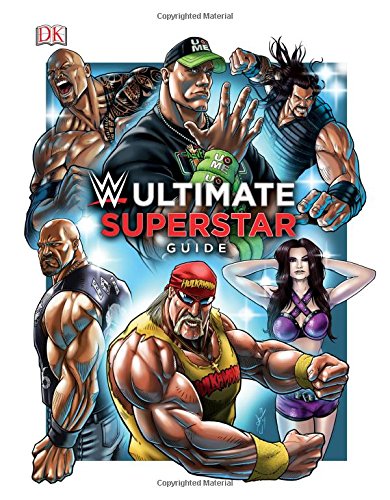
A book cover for WWE Ultimate Superstar Guide; Steve Pantaleo; Humor & Entertainment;